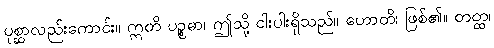
ပုစ္ဆာလည်းကောင်း။ ဣတိ ပဉ္စဓာ၊ ဤသို့ ငါးပါးရှိသည်။ ဟောတိ၊ ဖြစ်၏။ တတ္ထ၊